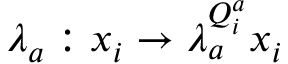
\lambda _ { a } : x _ { i } \rightarrow \lambda _ { a } ^ { Q _ { i } ^ { a } } x _ { i }